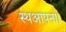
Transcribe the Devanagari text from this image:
स्थआपना।